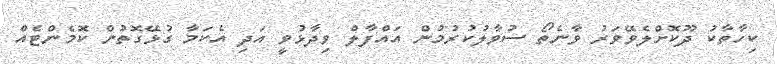
ކިހާތާކު ދޫކޮށްލެވޭވަރު ވާނެތޯ ސުވާލުކުރުމުން އައްފާލް ވިދާޅުވީ އަދި އެކަމާ ގުޅޭގޮތުން ކޮމެންޓެއް